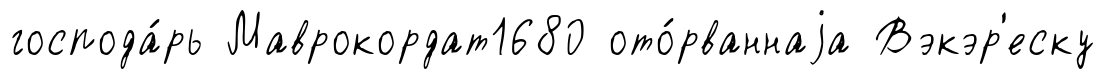
господа́рь Маврокордат1680 ото́рваннаjа Вэкэр'еску